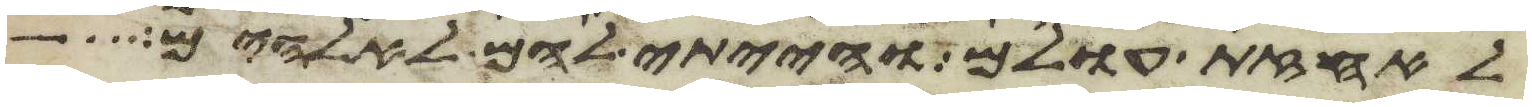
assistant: לאחזת עולם והייתי להם לאלהים